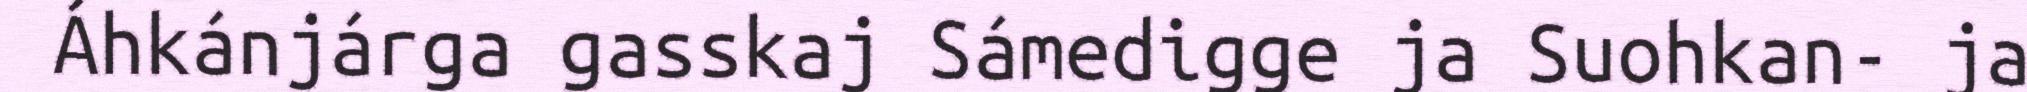
Áhkánjárga gasskaj Sámedigge ja Suohkan- ja